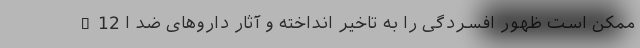
B12 ممکن است ظهور افسردگی را به تاخیر انداخته و آثار داروهای ضد ا